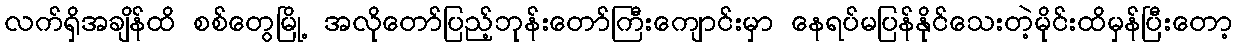
လက်ရှိအချိန်ထိ စစ်တွေမြို့ အလိုတော်ပြည့်ဘုန်းတော်ကြီးကျောင်းမှာ နေရပ်မပြန်နိုင်သေးတဲ့မိုင်းထိမှန်ပြီးတော့